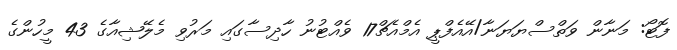
ފޮޓޯ: މަނާން ވަތްސްޔަޔަނާ/އޭއެފްޕީ އެމްއެޗް17 ވެއްޓުނު ހާދިސާގައި މަރުވި މެލޭޝިއާގެ 43 މީހުންގެ